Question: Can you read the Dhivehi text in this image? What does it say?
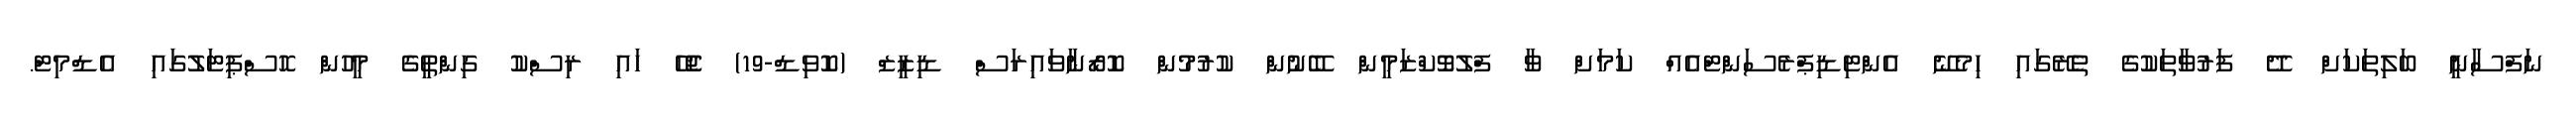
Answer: ނަފްސާނީ ބަލިތަކަށް ދޭ ފަރުވާތަކުގެ ތެރޭގައި ހިމެނޭ އެންޓިޑިޕްރެސަންޓްއެއް ކަމަށް ވާ ފްލުވޮކްޒަމީން ބޭނުން ކުރުމުން ކޮރޯނާވައިރަސް ޑިޒީޒް (ކޮވިޑް-19) ޖެހޭ ހައި ރިސްކު ގިންތީގެ މީހުން ހޮސްޕިޓަލުގައި އެޑްމިޓް.